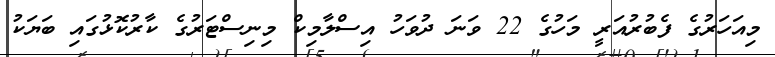
މިއަހަރުގެ ފެބުރުއަރީ މަހުގެ 22 ވަނަ ދުވަހު އިސްލާމިކް މިނިސްޓަރުގެ ކާރުކޮޅުގައި ބަޔަކު